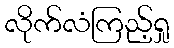
လိုက်လံကြည့်ရှု